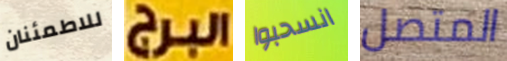
للاطمئنان البرج انسحبوا المتصل